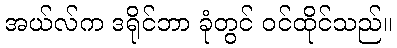
အယ်လ်က ဒရိုင်ဘာ ခုံတွင် ဝင်ထိုင်သည်။